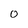
Character: o